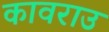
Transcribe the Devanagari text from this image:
कावराउ